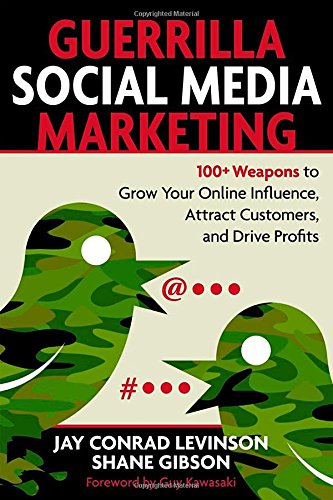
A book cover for Guerrilla Social Media Marketing: 100+ Weapons to Grow Your Online Influence, Attract Customers, and Drive Profits; Jay Levinson; Computers & Technology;